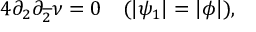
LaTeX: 4 \partial _ { 2 } \partial _ { \overline { { { 2 } } } } \nu = 0 ~ ~ ~ ( | \psi _ { 1 } | = | \phi | ) ,